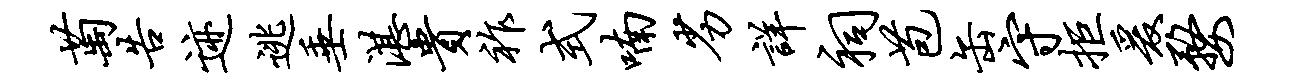
萄告迹逃垂湛贵祚式喃劣详祠苞缶守拒爰婺